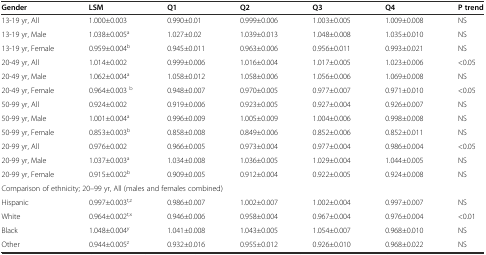
<table><thead><tr><td><b>Gender</b></td><td><b>LSM</b></td><td><b>Q1</b></td><td><b>Q2</b></td><td><b>Q3</b></td><td><b>Q4</b></td><td><b>P trend</b></td></tr></thead><tbody><tr><td>13-19 yr, All</td><td>1.000±0.003</td><td>0.990±0.01</td><td>0.999±0.006</td><td>1.003±0.005</td><td>1.009±0.008</td><td>NS</td></tr><tr><td>13-19 yr, Male</td><td>1.038±0.005<sup>a</sup></td><td>1.027±0.02</td><td>1.039±0.013</td><td>1.048±0.008</td><td>1.035±0.010</td><td>NS</td></tr><tr><td>13-19 yr, Female</td><td>0.959±0.004<sup>b</sup></td><td>0.945±0.011</td><td>0.963±0.006</td><td>0.956±0.011</td><td>0.993±0.021</td><td>NS</td></tr><tr><td>20-49 yr, All</td><td>1.014±0.002</td><td>0.999±0.006</td><td>1.016±0.004</td><td>1.017±0.005</td><td>1.023±0.006</td><td>&lt;0.05</td></tr><tr><td>20-49 yr, Male</td><td>1.062±0.004<sup>a</sup></td><td>1.058±0.012</td><td>1.058±0.006</td><td>1.056±0.006</td><td>1.069±0.008</td><td>NS</td></tr><tr><td>20-49 yr, Female</td><td>0.964±0.003 <sup>b</sup></td><td>0.948±0.007</td><td>0.970±0.005</td><td>0.977±0.007</td><td>0.971±0.010</td><td>&lt;0.05</td></tr><tr><td>50-99 yr, All</td><td>0.924±0.002</td><td>0.919±0.006</td><td>0.923±0.005</td><td>0.927±0.004</td><td>0.926±0.007</td><td>NS</td></tr><tr><td>50-99 yr, Male</td><td>1.001±0.004<sup>a</sup></td><td>0.996±0.009</td><td>1.005±0.009</td><td>1.004±0.006</td><td>0.998±0.008</td><td>NS</td></tr><tr><td>50-99 yr, Female</td><td>0.853±0.003<sup>b</sup></td><td>0.858±0.008</td><td>0.849±0.006</td><td>0.852±0.006</td><td>0.852±0.011</td><td>NS</td></tr><tr><td>20-99 yr, All</td><td>0.976±0.002</td><td>0.966±0.005</td><td>0.973±0.004</td><td>0.977±0.004</td><td>0.986±0.004</td><td>&lt;0.05</td></tr><tr><td>20-99 yr, Male</td><td>1.037±0.003<sup>a</sup></td><td>1.034±0.008</td><td>1.036±0.005</td><td>1.029±0.004</td><td>1.044±0.005</td><td>NS</td></tr><tr><td>20-99 yr, Female</td><td>0.915±0.002<sup>b</sup></td><td>0.909±0.005</td><td>0.912±0.004</td><td>0.922±0.005</td><td>0.924±0.008</td><td>NS</td></tr><tr><td colspan="7">Comparison of ethnicity; 20–99 yr, All (males and females combined)</td></tr><tr><td>Hispanic</td><td>0.997±0.003<sup>t,z</sup></td><td>0.986±0.007</td><td>1.002±0.007</td><td>1.002±0.004</td><td>0.997±0.007</td><td>NS</td></tr><tr><td>White</td><td>0.964±0.002<sup>t,x</sup></td><td>0.946±0.006</td><td>0.958±0.004</td><td>0.967±0.004</td><td>0.976±0.004</td><td>&lt;0.01</td></tr><tr><td>Black</td><td>1.048±0.004<sup>y</sup></td><td>1.041±0.008</td><td>1.043±0.005</td><td>1.054±0.007</td><td>0.968±0.010</td><td>NS</td></tr><tr><td>Other</td><td>0.944±0.005<sup>z</sup></td><td>0.932±0.016</td><td>0.955±0.012</td><td>0.926±0.010</td><td>0.968±0.022</td><td>NS</td></tr></tbody></table>